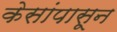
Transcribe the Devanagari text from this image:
केसांपासून